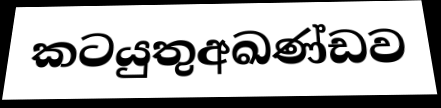
කටයුතුඅඛණ්ඩව